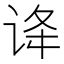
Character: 𬣺